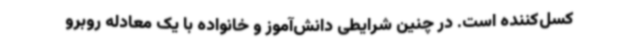
کسل‌کننده است. در چنین شرایطی دانش‌آموز و خانواده با یک معادله روبرو